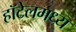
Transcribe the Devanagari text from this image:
हॉटेलमध्य